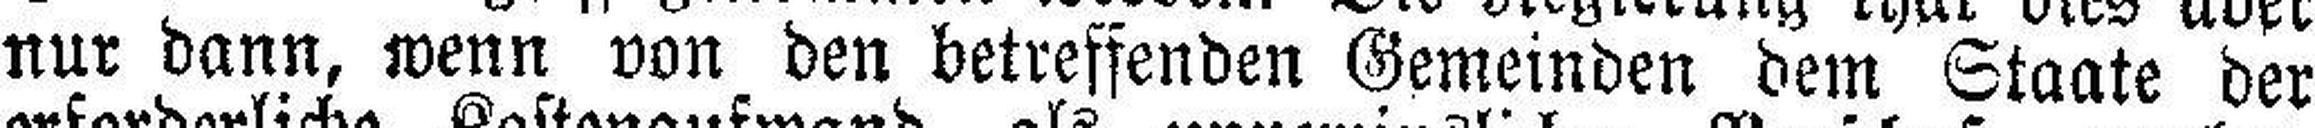
nur dann, wenn von den betreffenden Gemeinden dem Staate der